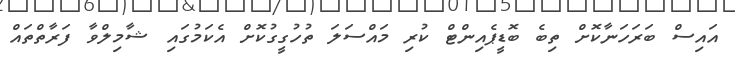
އައިސް ބަރަހަނާކޮށް ތިބެ ބޮޑީޕެއިންޓް ކުރި މައްސަލަ ތުހުގީގުކޮށް އެކަމުގައި ޝާމިލްވާ ފަރާތްތައް